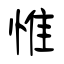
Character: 惟